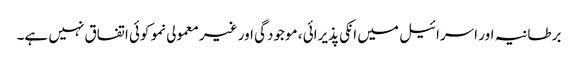
برطانیہ اور اسرائیل میں انکی پذیرائی ، موجودگی اور غیر معمولی نمو کوئی اتفاق نہیں ہے۔